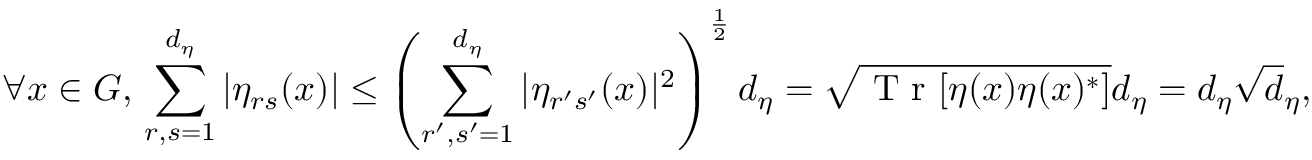
\forall x \in G , \, \sum _ { r , s = 1 } ^ { d _ { \eta } } | \eta _ { r s } ( x ) | \leq \left( \sum _ { r ^ { \prime } , s ^ { \prime } = 1 } ^ { d _ { \eta } } | \eta _ { r ^ { \prime } s ^ { \prime } } ( x ) | ^ { 2 } \right) ^ { \frac { 1 } { 2 } } d _ { \eta } = \sqrt { \textnormal { T r } [ \eta ( x ) \eta ( x ) ^ { * } ] } d _ { \eta } = d _ { \eta } \sqrt { d } _ { \eta } ,